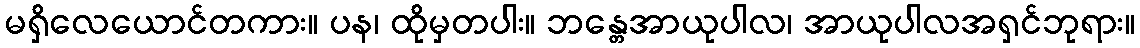
မရှိလေယောင်တကား။ ပန၊ ထိုမှတပါး။ ဘန္တေအာယုပါလ၊ အာယုပါလအရှင်ဘုရား။